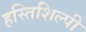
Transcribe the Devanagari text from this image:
हस्तिशिल्पी